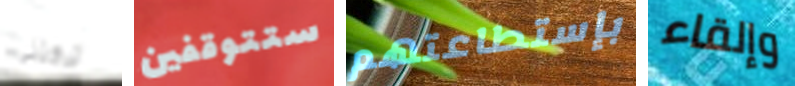
تركتنى ستتوقفين بإستطاعتهم وإلقاء